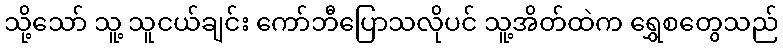
သို့သော် သူ့ သူငယ်ချင်း ကော်ဘီပြောသလိုပင် သူ့အိတ်ထဲက ရွှေစတွေသည်